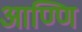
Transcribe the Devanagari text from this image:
आण्णि